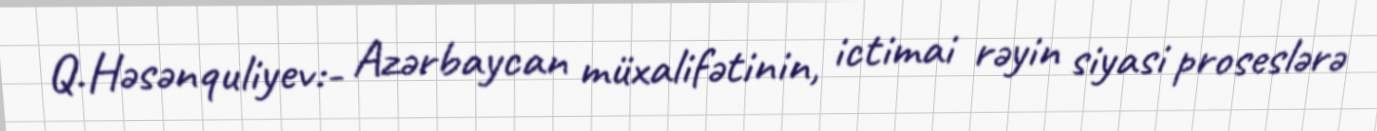
Q.Həsənquliyev:- Azərbaycan müxalifətinin, ictimai rəyin siyasi proseslərə